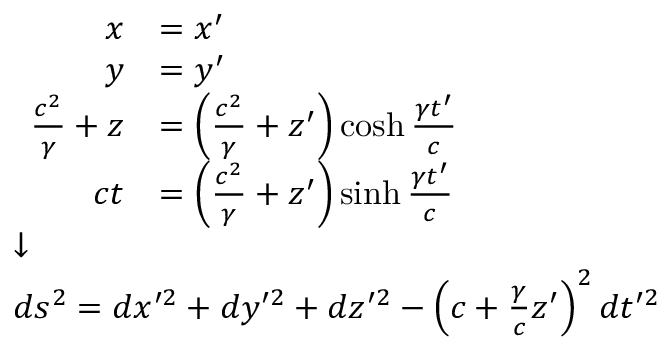
\scriptstyle { \begin{array} { l } { { \begin{array} { r l } { x } & { = x ^ { \prime } } \\ { y } & { = y ^ { \prime } } \\ { { \frac { c ^ { 2 } } { \gamma } } + z } & { = \left( { \frac { c ^ { 2 } } { \gamma } } + z ^ { \prime } \right) \cosh { \frac { \gamma t ^ { \prime } } { c } } } \\ { c t } & { = \left( { \frac { c ^ { 2 } } { \gamma } } + z ^ { \prime } \right) \sinh { \frac { \gamma t ^ { \prime } } { c } } } \end{array} } } \\ { { \boldsymbol { \downarrow } } } \\ { d s ^ { 2 } = d x ^ { \prime 2 } + d y ^ { \prime 2 } + d z ^ { \prime 2 } - \left( c + { \frac { \gamma } { c } } z ^ { \prime } \right) ^ { 2 } d t ^ { \prime 2 } } \end{array} }